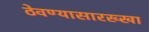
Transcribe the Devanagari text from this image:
ठेवण्यासारख्खा